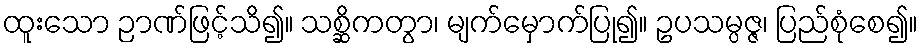
ထူးသော ဉာဏ်ဖြင့်သိ၍။ သစ္ဆိကတွာ၊ မျက်မှောက်ပြု၍။ ဥပသမ္ပဇ္ဇ၊ ပြည်စုံစေ၍။